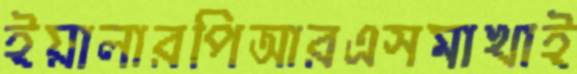
ইয়ালারপিআরএসমাখাই